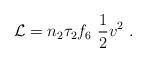
LaTeX: \begin{align*}{\cal L} = n_2 \tau_2 f_6 \, \, \frac{1}{2} v^2 \ .\end{align*}